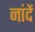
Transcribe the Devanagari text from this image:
नांदें